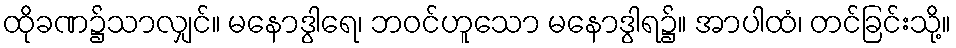
ထိုခဏ၌သာလျှင်။ မနောဒွါရေ၊ ဘဝင်ဟူသော မနောဒွါရ၌။ အာပါထံ၊ တင်ခြင်းသို့။